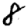
Digit: 8